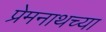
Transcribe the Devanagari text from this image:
प्रेमनाथच्या